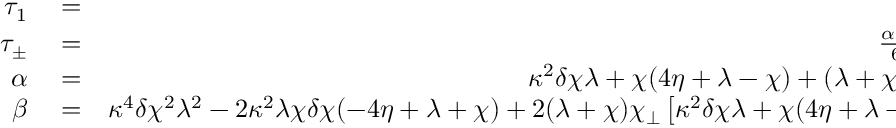
\begin{array} { r l r } { \tau _ { 1 } } & { { } = } & { \frac { \eta } { \lambda } , } \\ { \tau _ { \pm } } & { { } = } & { \frac { \alpha \pm \sqrt { \beta } } { 6 \lambda \chi } , } \\ { \alpha } & { { } = } & { \kappa ^ { 2 } \delta \chi \lambda + \chi ( 4 \eta + \lambda - \chi ) + ( \lambda + \chi ) \chi _ { \perp } , } \\ { \beta } & { { } = } & { \kappa ^ { 4 } \delta \chi ^ { 2 } \lambda ^ { 2 } - 2 \kappa ^ { 2 } \lambda \chi \delta \chi ( - 4 \eta + \lambda + \chi ) + 2 ( \lambda + \chi ) \chi _ { \perp } \left[ \kappa ^ { 2 } \delta \chi \lambda + \chi ( 4 \eta + \lambda - \chi ) \right] } \end{array}